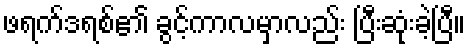
ဖရက်ဒရစ်၏ ခွင့်ကာလမှာလည်း ပြီးဆုံးခဲ့ပြီ။